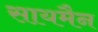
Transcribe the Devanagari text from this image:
सायमैन